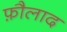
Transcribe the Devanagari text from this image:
फ़ौलाद